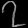
Digit: ၇